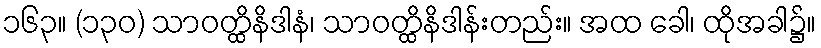
၁၆၃။ (၁၃၀) သာဝတ္ထိနိဒါနံ၊ သာဝတ္ထိနိဒါန်းတည်း။ အထ ခေါ၊ ထိုအခါ၌။